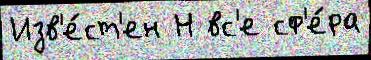
Изв'е́ст'ен Н вс'е сф'е́ра